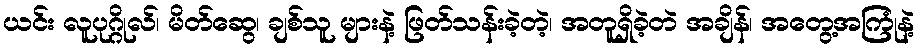
ယင်း လူပုဂ္ဂိုလ်၊ မိတ်ဆွေ၊ ချစ်သူ များနဲ့ ဖြတ်သန်းခဲ့တဲ့၊ အတူရှိခဲ့တဲ အချိန်၊ အတွေ့အကြုံနဲ့